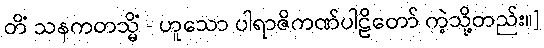
တိံ သနကတသ္မိံ - ဟူသော ပါရာဇိကဏ်ပါဠိတော် ကဲ့သို့တည်း။]